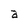
Character: a